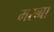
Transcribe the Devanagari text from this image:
मरब्बा